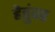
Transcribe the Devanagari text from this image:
हेतुंवर